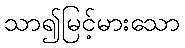
သာ၍မြင့်မားသော